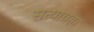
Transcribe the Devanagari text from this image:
सत्याग्रहा